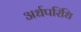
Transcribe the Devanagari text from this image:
अर्धपरिधि